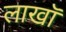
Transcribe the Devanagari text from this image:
लाखॉ